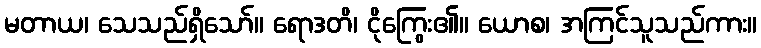
မတာယ၊ သေသည်ရှိသော်။ ရောဒတိ၊ ငိုကြွေး၏။ ယောစ၊ အကြင်သူသည်ကား။